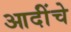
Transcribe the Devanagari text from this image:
आदींंचे